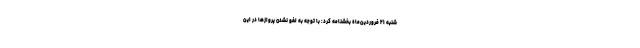
شنبه ۲۱ فروردین‌ماه بخشنامه کرد: با توجه به لغو نشدن پروازها در این